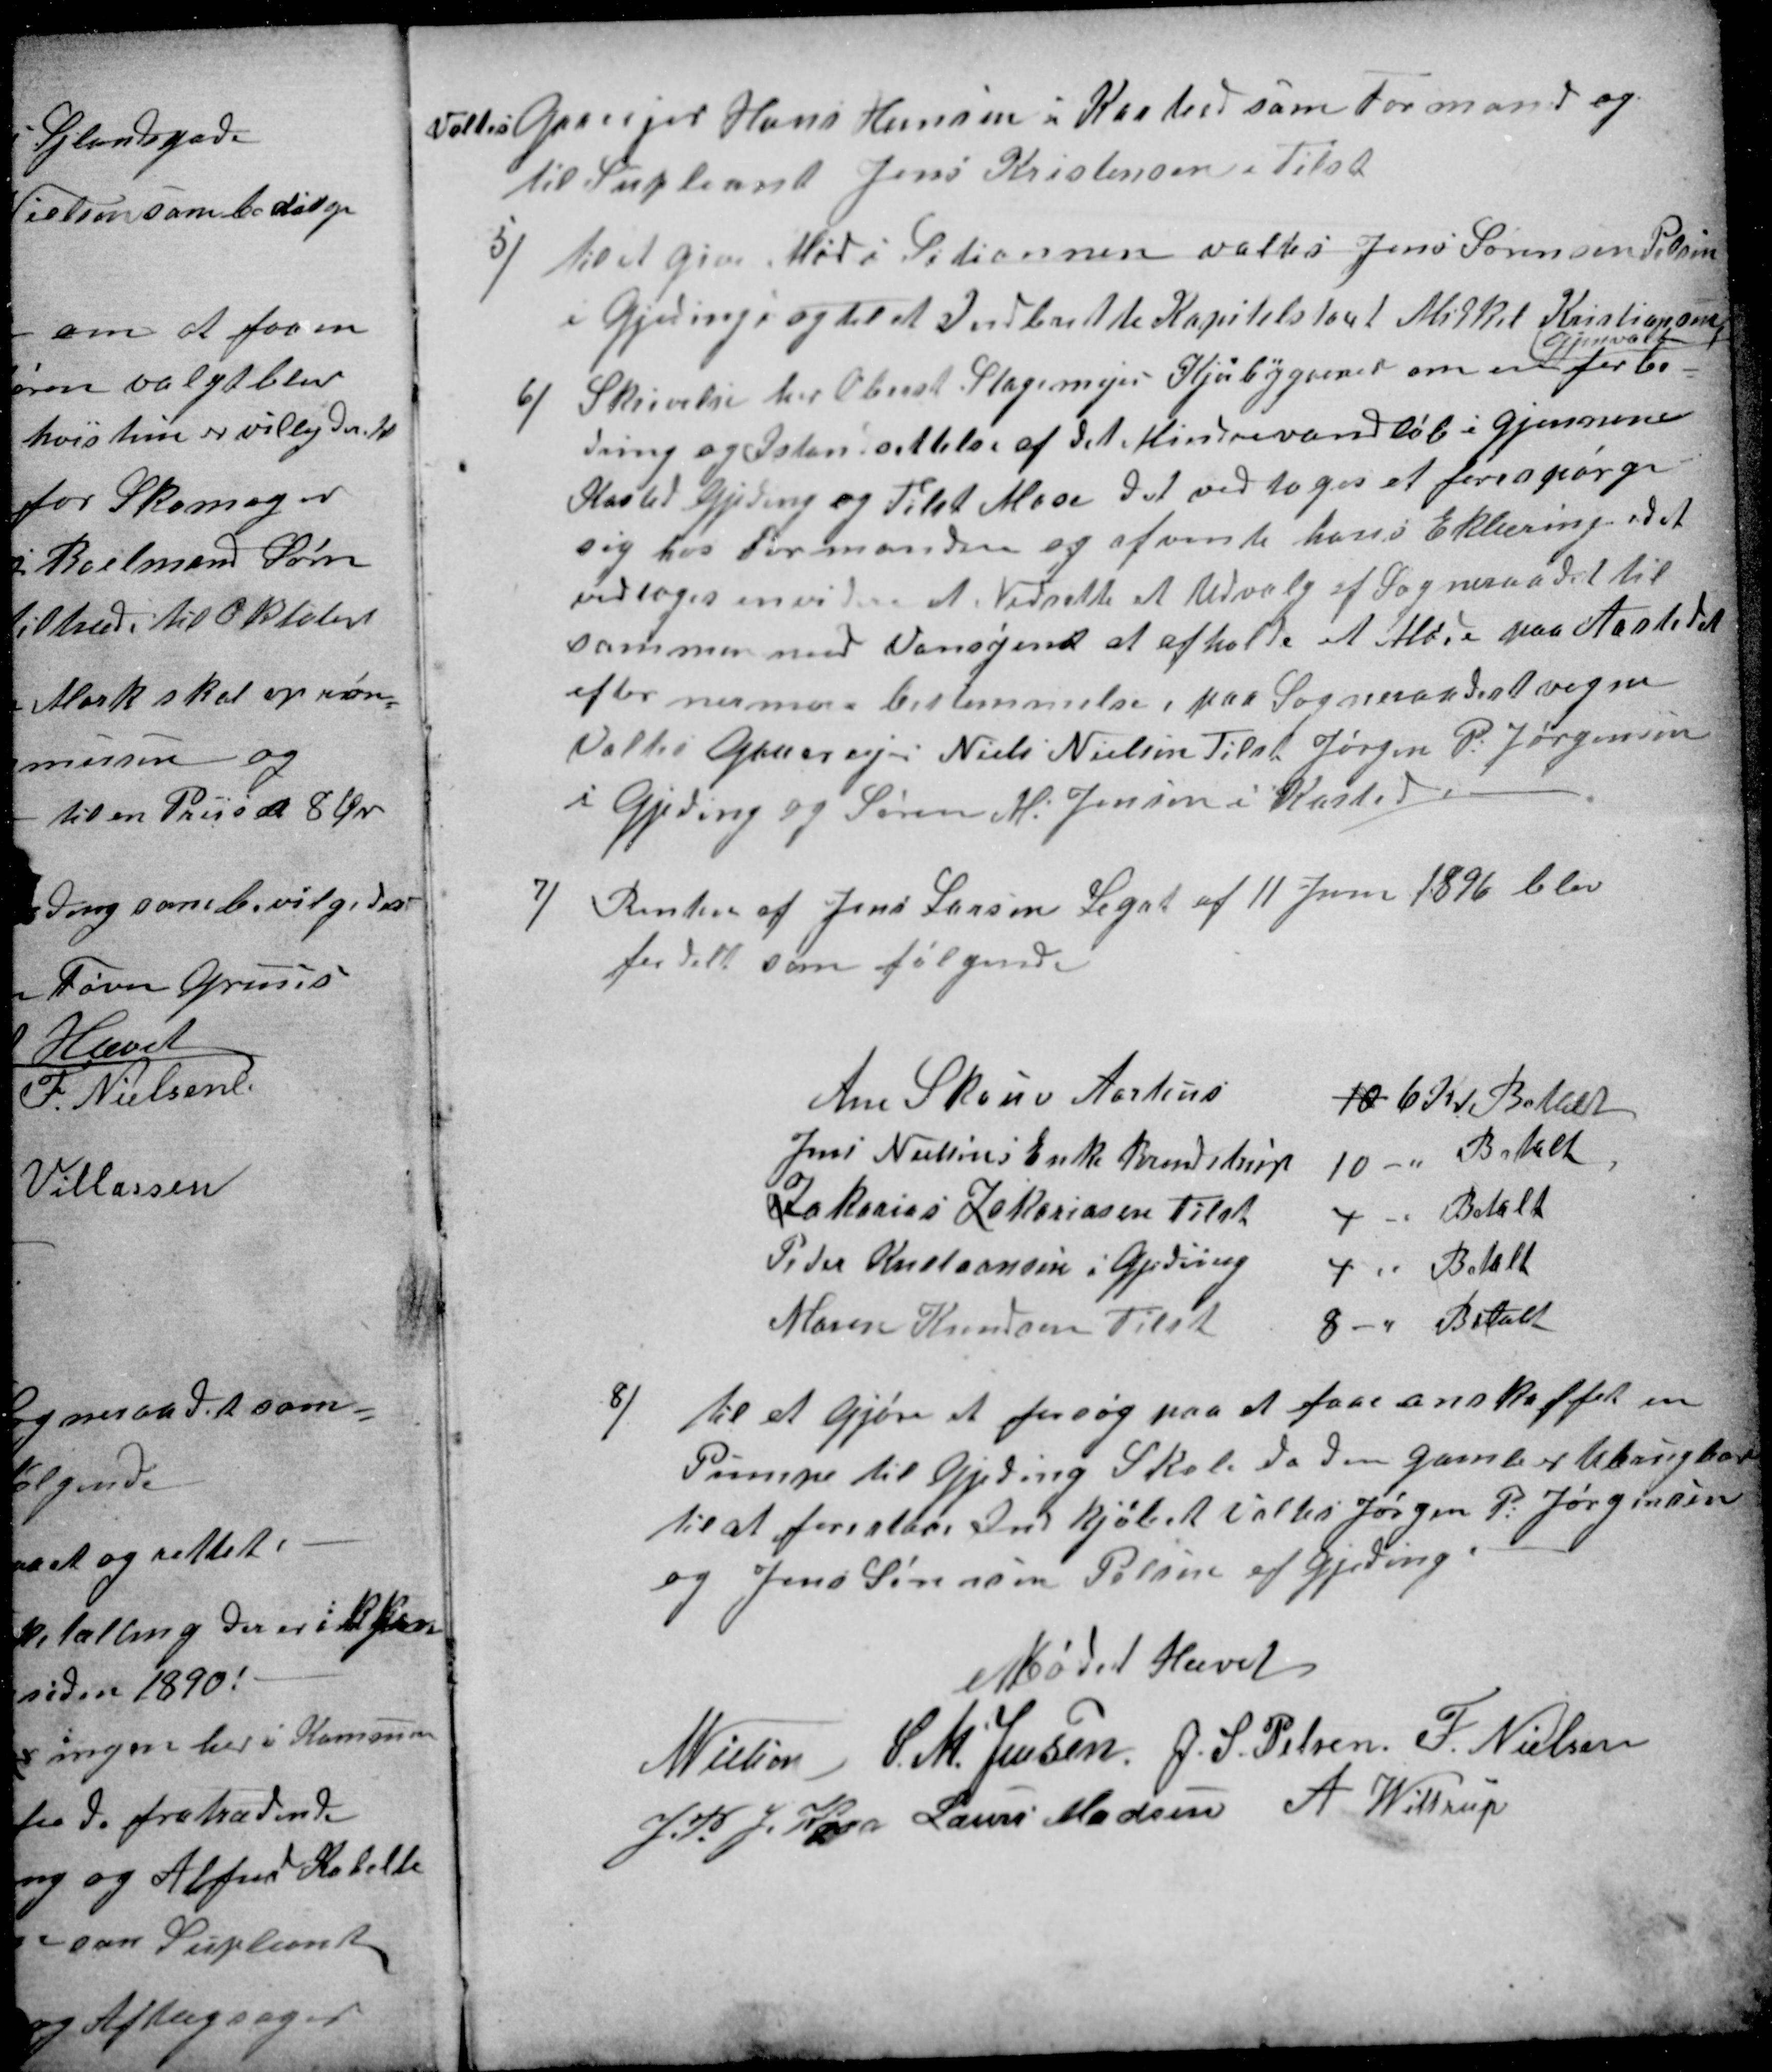
Transskription:
Valtes Gaardeier Hans Hansen i Kasted som Formand og
til Supleant Jens Kristensen i Tilst
5)
til at give Mød i Setionnen valtes Jens Sørensen Pelsen
i Gjeding og til at Indberette Kapitelstant Mikkel Kristiansen
Gjenvalt
6)
Skrivelse har Oberst Stagemejer Kjærbygaard om en forbe=
dring og Istandsettelse af det Mindrevandløb i Gjennem
Kasted Gjeding og Tilst Mose det vedtoges at forespørge
sig hos Formanden og afvente hans Erklæring, det
vedtoges envidere at Nedsette et Udvalg af Sogneraadet til
sammen med Vansynet at afholde et Møde paa Aastedet
efter nermere bestemmelse, paa Sogneraadets vegne
Valtes Gaardeier Niels Nielsen Tilst Jørgen P. Jørgensen
i Gjeding og Søren M. Jensen i Kasted !
7)
Renten af Jens Larsen Legat af 11 Juni 1896 blev
fordelt som følgende
Ane Skouv Aarhus 10 6 Kr Betalt
Jens Nielsens Enke Brendstrup 10 - Betalt
Zakarias Zakariasen Tilst 4 - Betalt
Peder Kristiansen i Gjeding 4 - Betalt
Maren Knudsen Tilst 8 - Betalt
8)
til at Gjøre et forsøg paa at faae anskaffet en
Pumpe til Gjeding Skole da den gamle er ubrugbar
til at forestaae Indkjøbet Valtes Jørgen P: Jørgensen
og Jens Sørensen Pelsen af Gjeding.
Mødet Hævet
N Nielsen
S. M. Jensen
J. S. Pelsen
F. Nielsen
J. P. J. Kaae
Laurs Madsen
A Wittrup